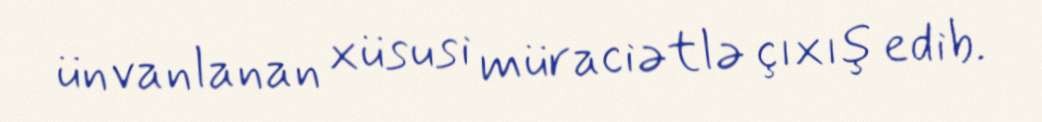
ünvanlanan xüsusi müraciətlə çıxış edib.